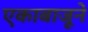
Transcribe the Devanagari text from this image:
एकाबाजूने